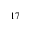
_ { 1 7 }